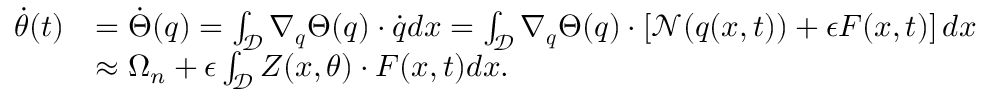
\begin{array} { r l } { \dot { \theta } ( t ) } & { = \dot { \Theta } ( \boldsymbol { q } ) = \int _ { \mathcal { D } } \nabla _ { \boldsymbol { q } } \Theta ( \boldsymbol { q } ) \cdot \dot { \boldsymbol { q } } d \boldsymbol { x } = \int _ { \mathcal { D } } \nabla _ { \boldsymbol { q } } \Theta ( \boldsymbol { q } ) \cdot \left[ \mathcal { N } ( \boldsymbol { q } ( \boldsymbol { x } , t ) ) + \epsilon \boldsymbol { F } ( \boldsymbol { x } , t ) \right] d \boldsymbol { x } } \\ & { \approx \Omega _ { n } + \epsilon \int _ { \mathcal { D } } \boldsymbol { Z } ( \boldsymbol { x } , \theta ) \cdot \boldsymbol { F } ( \boldsymbol { x } , t ) d \boldsymbol { x } . } \end{array}